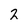
Character: 2